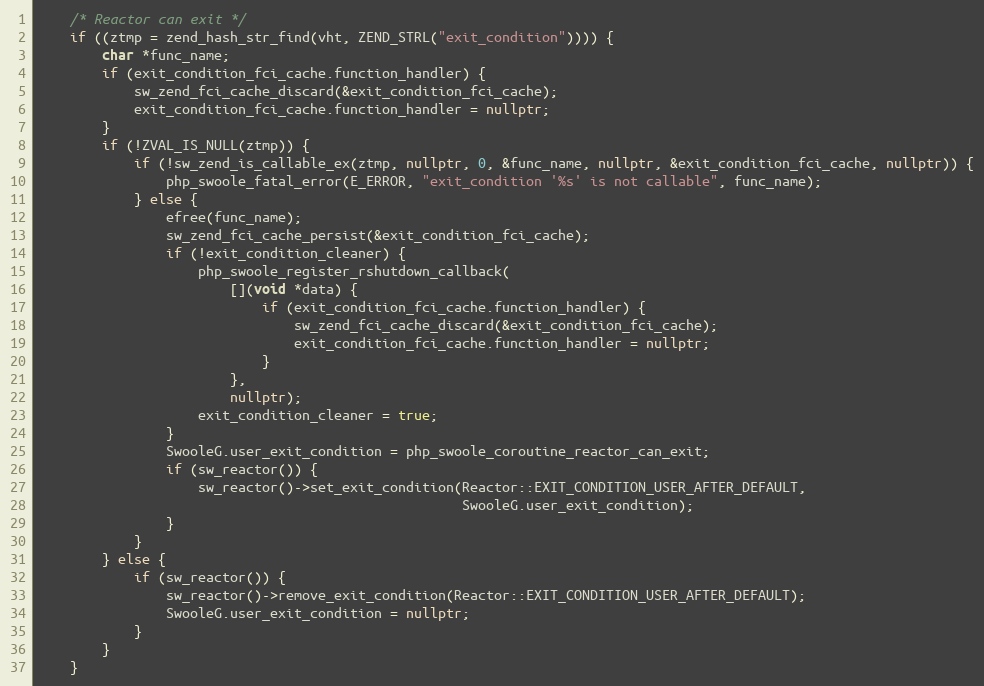
Language: C++
    /* Reactor can exit */
    if ((ztmp = zend_hash_str_find(vht, ZEND_STRL("exit_condition")))) {
        char *func_name;
        if (exit_condition_fci_cache.function_handler) {
            sw_zend_fci_cache_discard(&exit_condition_fci_cache);
            exit_condition_fci_cache.function_handler = nullptr;
        }
        if (!ZVAL_IS_NULL(ztmp)) {
            if (!sw_zend_is_callable_ex(ztmp, nullptr, 0, &func_name, nullptr, &exit_condition_fci_cache, nullptr)) {
                php_swoole_fatal_error(E_ERROR, "exit_condition '%s' is not callable", func_name);
            } else {
                efree(func_name);
                sw_zend_fci_cache_persist(&exit_condition_fci_cache);
                if (!exit_condition_cleaner) {
                    php_swoole_register_rshutdown_callback(
                        [](void *data) {
                            if (exit_condition_fci_cache.function_handler) {
                                sw_zend_fci_cache_discard(&exit_condition_fci_cache);
                                exit_condition_fci_cache.function_handler = nullptr;
                            }
                        },
                        nullptr);
                    exit_condition_cleaner = true;
                }
                SwooleG.user_exit_condition = php_swoole_coroutine_reactor_can_exit;
                if (sw_reactor()) {
                    sw_reactor()->set_exit_condition(Reactor::EXIT_CONDITION_USER_AFTER_DEFAULT,
                                                     SwooleG.user_exit_condition);
                }
            }
        } else {
            if (sw_reactor()) {
                sw_reactor()->remove_exit_condition(Reactor::EXIT_CONDITION_USER_AFTER_DEFAULT);
                SwooleG.user_exit_condition = nullptr;
            }
        }
    }